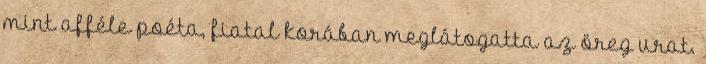
mint afféle poéta, fiatal korában meglátogatta az öreg urat.